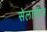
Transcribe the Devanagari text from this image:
सेलानीज